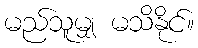
မည်သူမျှ မသိနိုင်။